Tezpur Lunatic Asylum reports 1877-1894 - 1877-1894
Year: 1877
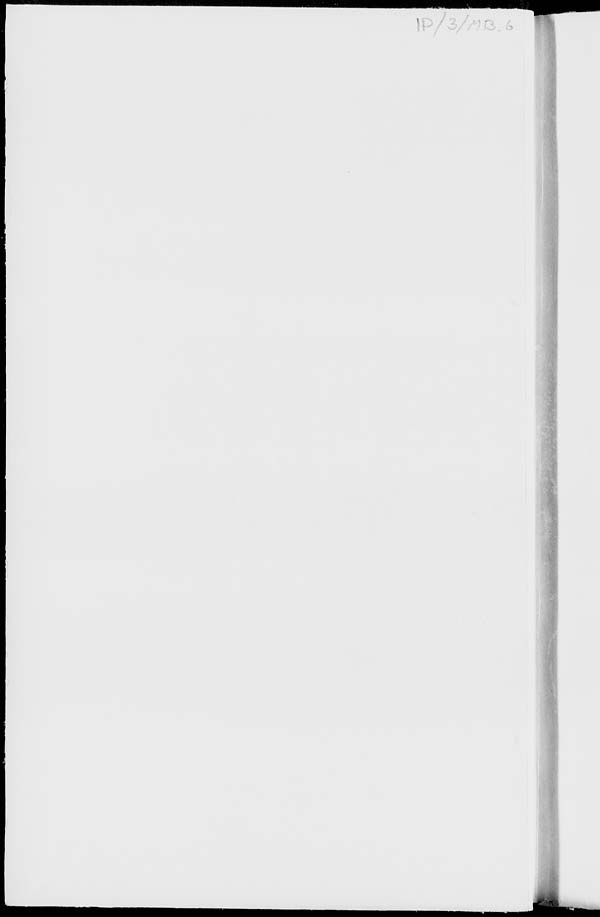
li